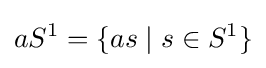
aS^{1}=\{as\mid s\in S^{1}\}